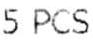
5 PCS